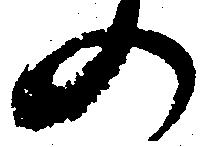
の